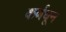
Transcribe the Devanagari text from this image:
कर्णधून